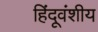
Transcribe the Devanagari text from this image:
हिंदूवंशीय